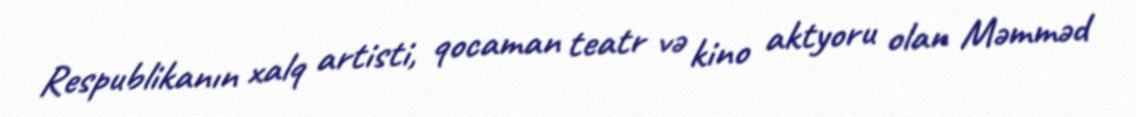
Respublikanın xalq artisti, qocaman teatr və kino aktyoru olan Məmməd